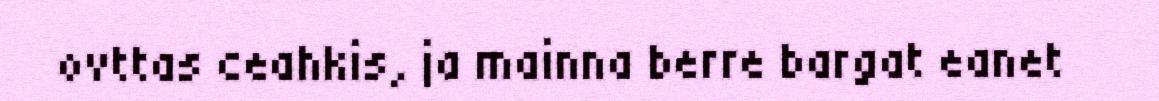
ovttas ceahkis, ja mainna berre bargat eanet